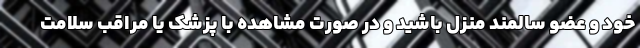
خود و عضو سالمند منزل باشید و در صورت مشاهده با پزشک یا مراقب سلامت